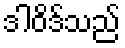
ဒါဝိဒ်သည်